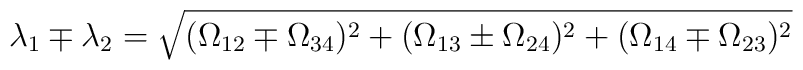
\lambda_1\mp\lambda_2=\sqrt{(\Omega_{12}\mp \Omega_{34})^2+(\Omega_{13}\pm \Omega_{24})^2         +(\Omega_{14}\mp \Omega_{23})^2}